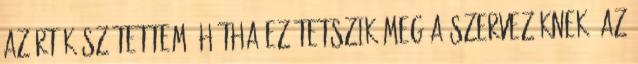
azért készítettem, hátha ez tetszik meg a szervezőknek. Az